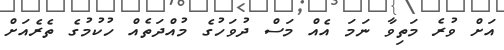
އަށް ވުރެ މަތިވާ ނަމަ އެއް މަސް ދުވަހުގެ މުއްދަތެއް ހުކުމުގެ ތެރެއަށް